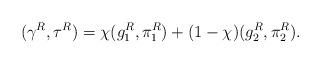
LaTeX: \begin{align*}(\gamma^R, \tau^R) = \chi (g_1^R, \pi_1^R) + (1-\chi) (g_2^R, \pi_2^R).\end{align*}